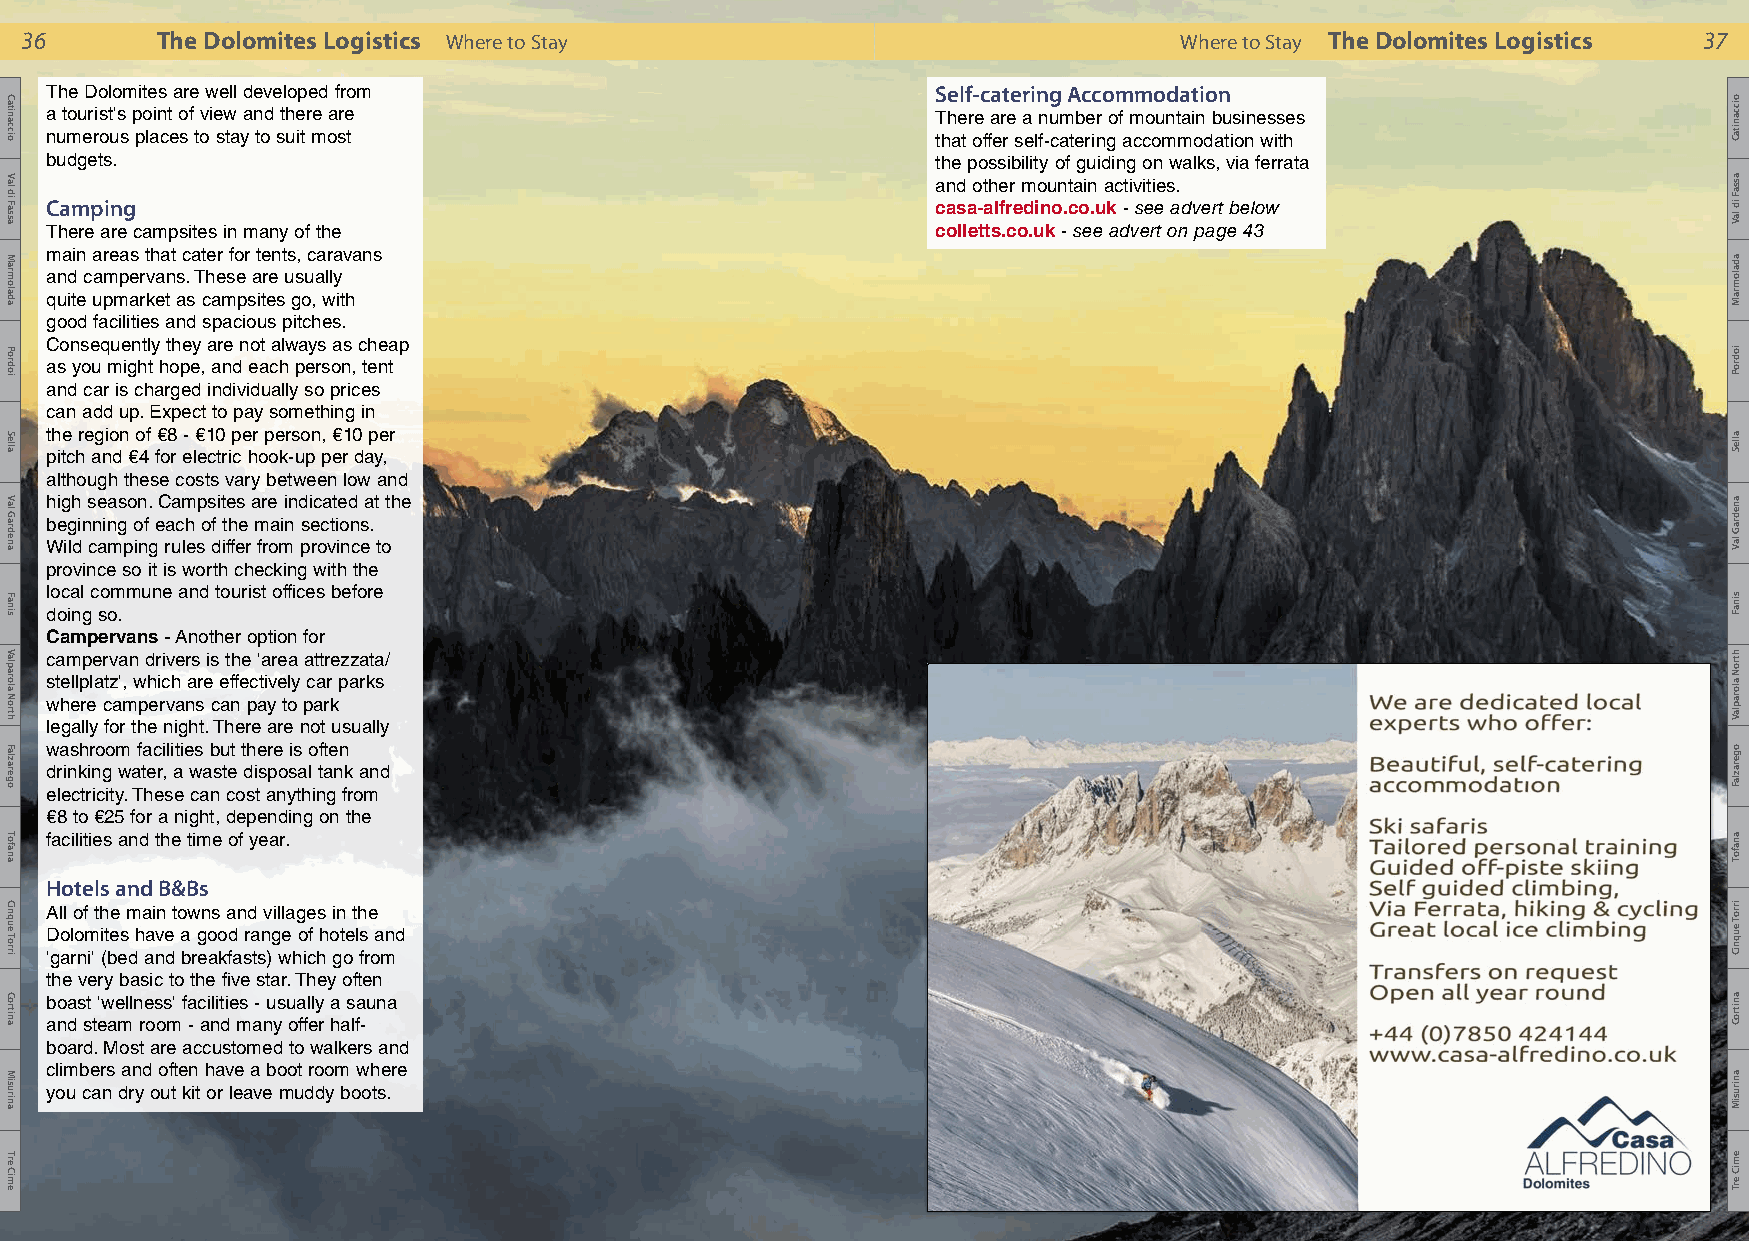
36       The Dolomites Logistics Where to Stay                               Where to Stay The Dolomites Logistics 37
 The Dolomites are well developed from                      Self-catering Accommodation
 a tourist's point of view and there are                    There are a number of mountain businesses
 numerous places to stay to suit most                       that offer self-catering accommodation with
 budgets.                                                   the possibility of guiding on walks, via ferrata
 and other mountain activities.
 Camping                                                    casa-alfredino.co.uk - see advert below
 There are campsites in many of the                         colletts.co.uk - see advert on page 43
 main areas that cater for tents, caravans
 and campervans. These are usually
 quite upmarket as campsites go, with
 good facilities and spacious pitches.
 Consequently they are not always as cheap
 as you might hope, and each person, tent
 and car is charged individually so prices
 can add up. Expect to pay something in
 the region of €8 - €10 per person, €10 per
 pitch and €4 for electric hook-up per day,
 although these costs vary between low and
 high season. Campsites are indicated at the
 beginning of each of the main sections.
 Wild camping rules differ from province to
 province so it is worth checking with the
 local commune and tourist offices before
 doing so.
 Campervans - Another option for
 campervan drivers is the 'area attrezzata/
 stellplatz', which are effectively car parks
 where campervans can pay to park
 legally for the night. There are not usually
 washroom facilities but there is often
 drinking water, a waste disposal tank and
 electricity. These can cost anything from
 €8 to €25 for a night, depending on the
 facilities and the time of year.
 Hotels and B&Bs
 All of the main towns and villages in the
 Dolomites have a good range of hotels and
 'garni' (bed and breakfasts) which go from
 the very basic to the five star. They often
 boast 'wellness' facilities - usually a sauna
 and steam room - and many offer half-
 board. Most are accustomed to walkers and
 climbers and often have a boot room where
 you can dry out kit or leave muddy boots.
 The Cadini di Misurina group with Torre Wundt in the foreground
 and the Tre Cime in the background. Photo: Roberto Sysa Moiola
 Catinaccio
 Val
 di
 Fassa
 Marmolada
 Pordoi
 Sella
 Val
 Gardena
 Fanis
 Valparola
 North
 Falzarego
 Tofana
 Cinque
 Torri
 Cortina
 Misurina
 Tre
 Cime
 oiccanitaC
 assaF
 id
 laV
 adalomraM
 iodroP
 alleS
 anedraG
 laV
 sinaF
 htroN
 aloraplaV
 ogerazlaF
 anafoT
 irroT
 euqniC
 anitroC
 anirusiM
 emiC
 erT